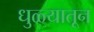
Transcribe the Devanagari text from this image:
धुळ्यातून